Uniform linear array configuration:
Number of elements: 16
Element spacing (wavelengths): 0.5
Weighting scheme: hamming
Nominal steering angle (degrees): -60
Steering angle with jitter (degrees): -59.878
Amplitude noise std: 0.05
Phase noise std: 0.05

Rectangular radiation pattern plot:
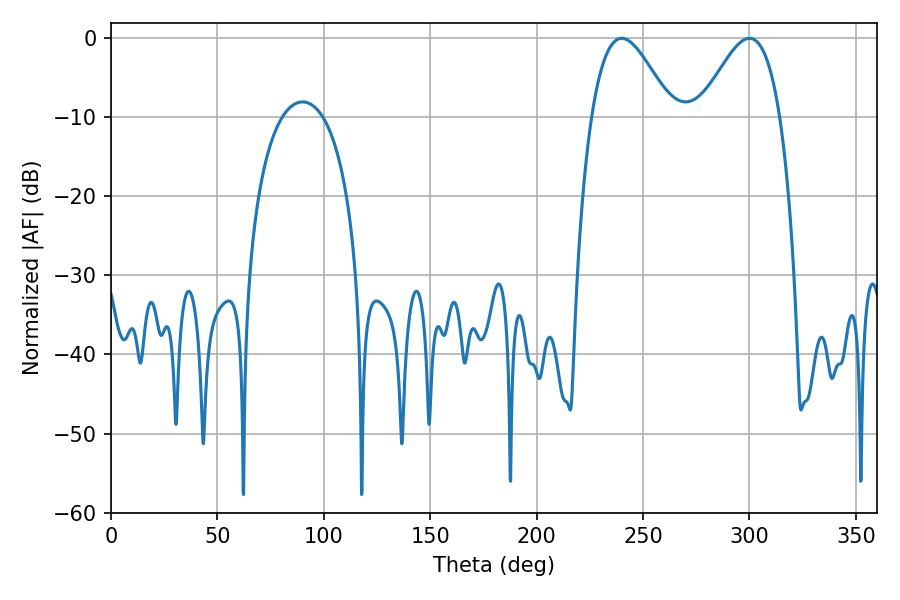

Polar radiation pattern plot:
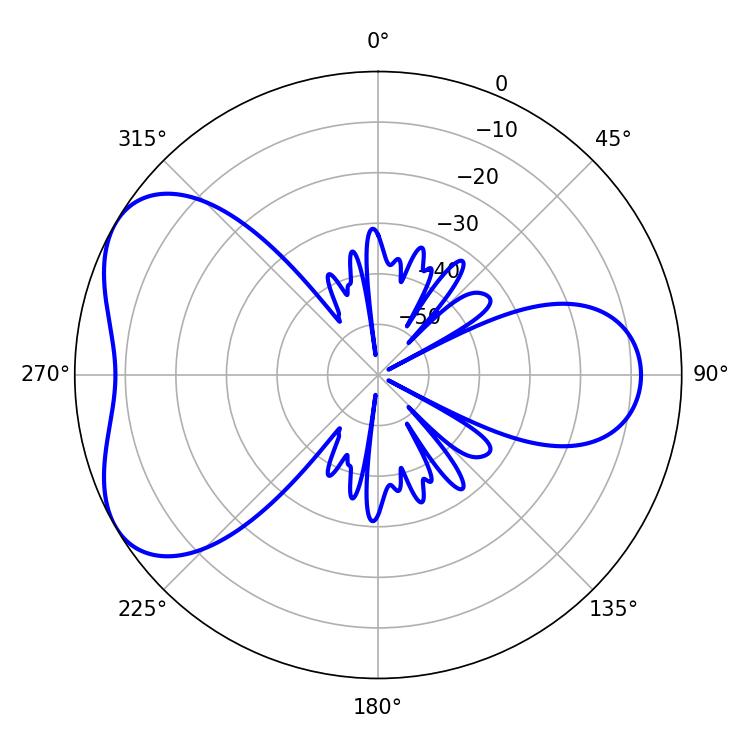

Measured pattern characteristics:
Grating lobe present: FALSE
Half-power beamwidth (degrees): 20.16
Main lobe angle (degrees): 239.94